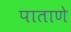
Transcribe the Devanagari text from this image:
पाताणे